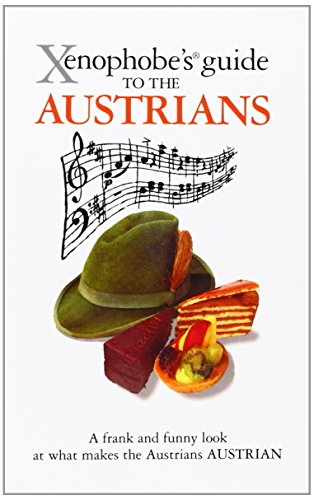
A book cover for Xenophobe's Guide to the Austrians; Louis James; Travel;